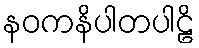
နဝကနိပါတပါဠိ